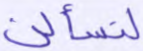
لتسألن